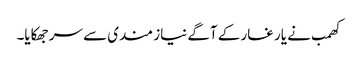
کھمب نے یار غار کے آگے نیاز مندی سے سر جھکایا۔